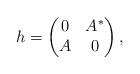
LaTeX: \begin{align*}h=\begin{pmatrix}0 & A^*\\ A & 0 \end{pmatrix}, \end{align*}